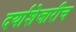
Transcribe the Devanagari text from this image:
दर्याशेजारीच